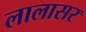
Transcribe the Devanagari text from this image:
लालासर